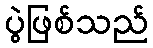
ပွဲဖြစ်သည်